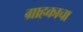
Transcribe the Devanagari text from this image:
ग्राहकाचा